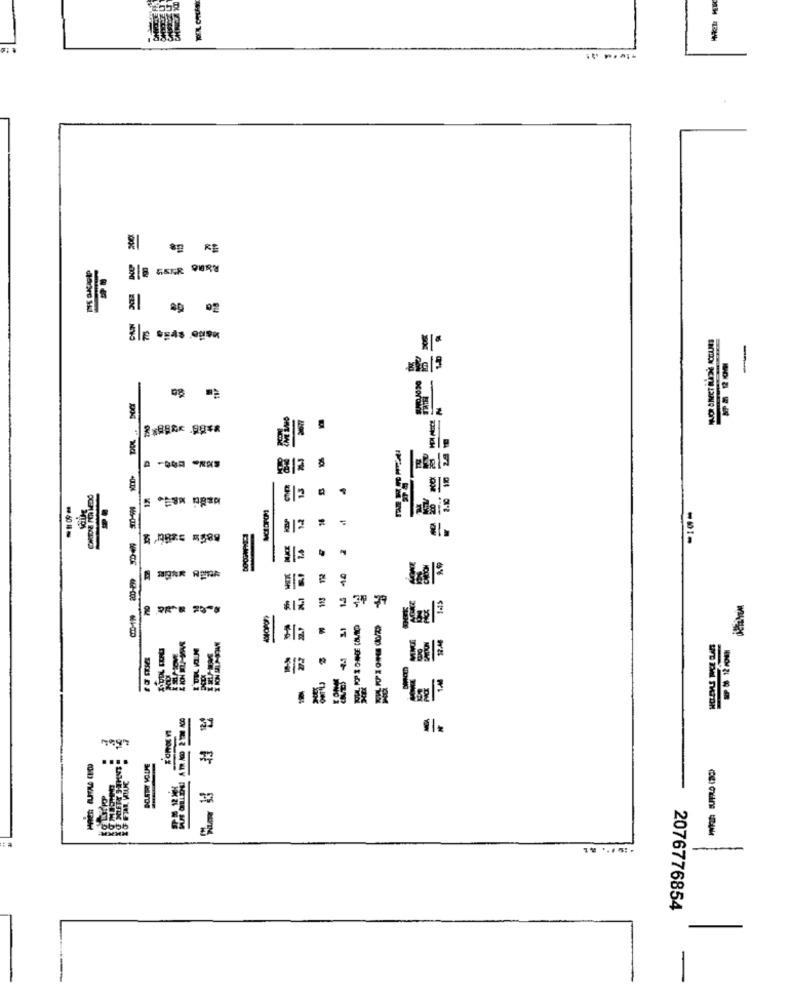
** *
218 GEGEN
-
-
0
----
MONTE
BOATRY YOUJE
32
---
2076776854